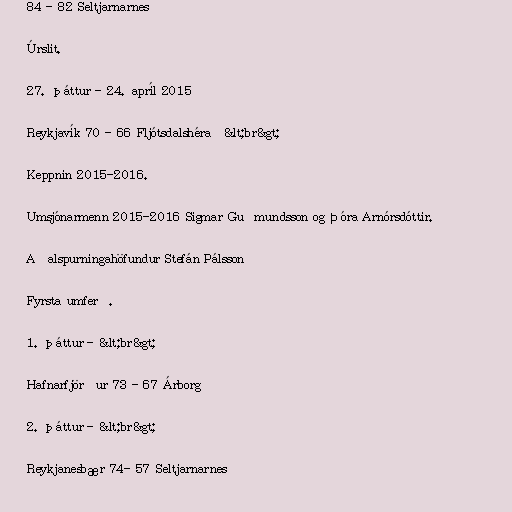
84 - 82 Seltjarnarnes

Úrslit.

27. þáttur - 24. apríl 2015

Reykjavík 70 - 66 Fljótsdalshérað&lt;br&gt;

Keppnin 2015-2016.

Umsjónarmenn 2015-2016 Sigmar Guðmundsson og Þóra Arnórsdóttir.

Aðalspurningahöfundur Stefán Pálsson

Fyrsta umferð.

1. þáttur - &lt;br&gt;

Hafnarfjörður 73 - 67 Árborg

2. þáttur - &lt;br&gt;

Reykjanesbær 74- 57 Seltjarnarnes